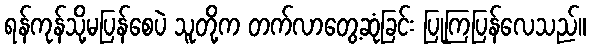
ရန်ကုန်သို့မပြန်စေပဲ သူတို့က တက်လာတွေ့ဆုံခြင်း ပြုကြပြန်လေသည်။